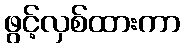
ဖွင့်လှစ်ထားကာ